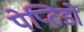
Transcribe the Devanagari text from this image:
पेप्टिडो